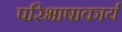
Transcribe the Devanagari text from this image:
परिभाषाकार्य